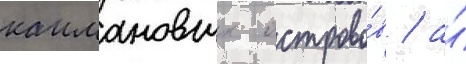
каимановых острово́в / а́